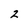
Character: 2